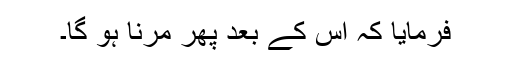
فرمایا کہ اس کے بعد پھر مرنا ہو گا۔